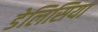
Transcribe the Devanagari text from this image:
डेलिसिया